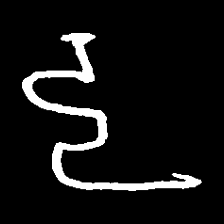
Pyu character \u2014 Myanmar letter: ဠ (romanized: lla)